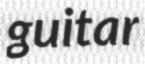
guitar